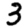
Digit: 3